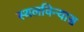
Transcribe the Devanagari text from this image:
स्थलविन्यास